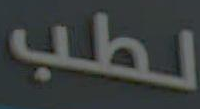
لطب